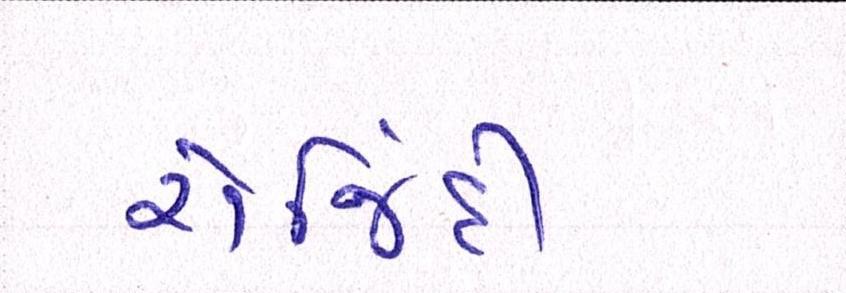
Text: રોજિંદી